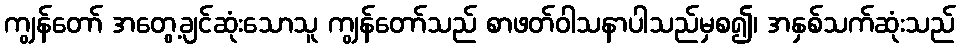
ကျွန်တော် အတွေ့ချင်ဆုံးသောသူ ကျွန်တော်သည် စာဖတ်ဝါသနာပါသည်မှစ၍၊ အနှစ်သက်ဆုံးသည်